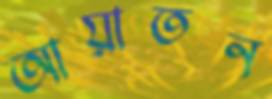
আয়াতন